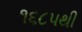
૧૬૮૫થી